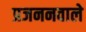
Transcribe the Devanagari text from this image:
प्रजननवाले